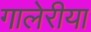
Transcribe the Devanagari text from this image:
गालेरीया